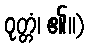
ဝုတ္တံ၊ ၏။)